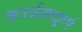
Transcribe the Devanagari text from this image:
कार्बनचूर्ण